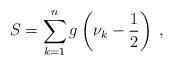
LaTeX: \begin{align*}S = \sum_{k=1}^n g\left(\nu_k-\frac{1}{2}\right)\;,\end{align*}